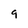
Character: 9